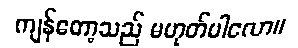
ကျန်တော့သည် မဟုတ်ပါလော။